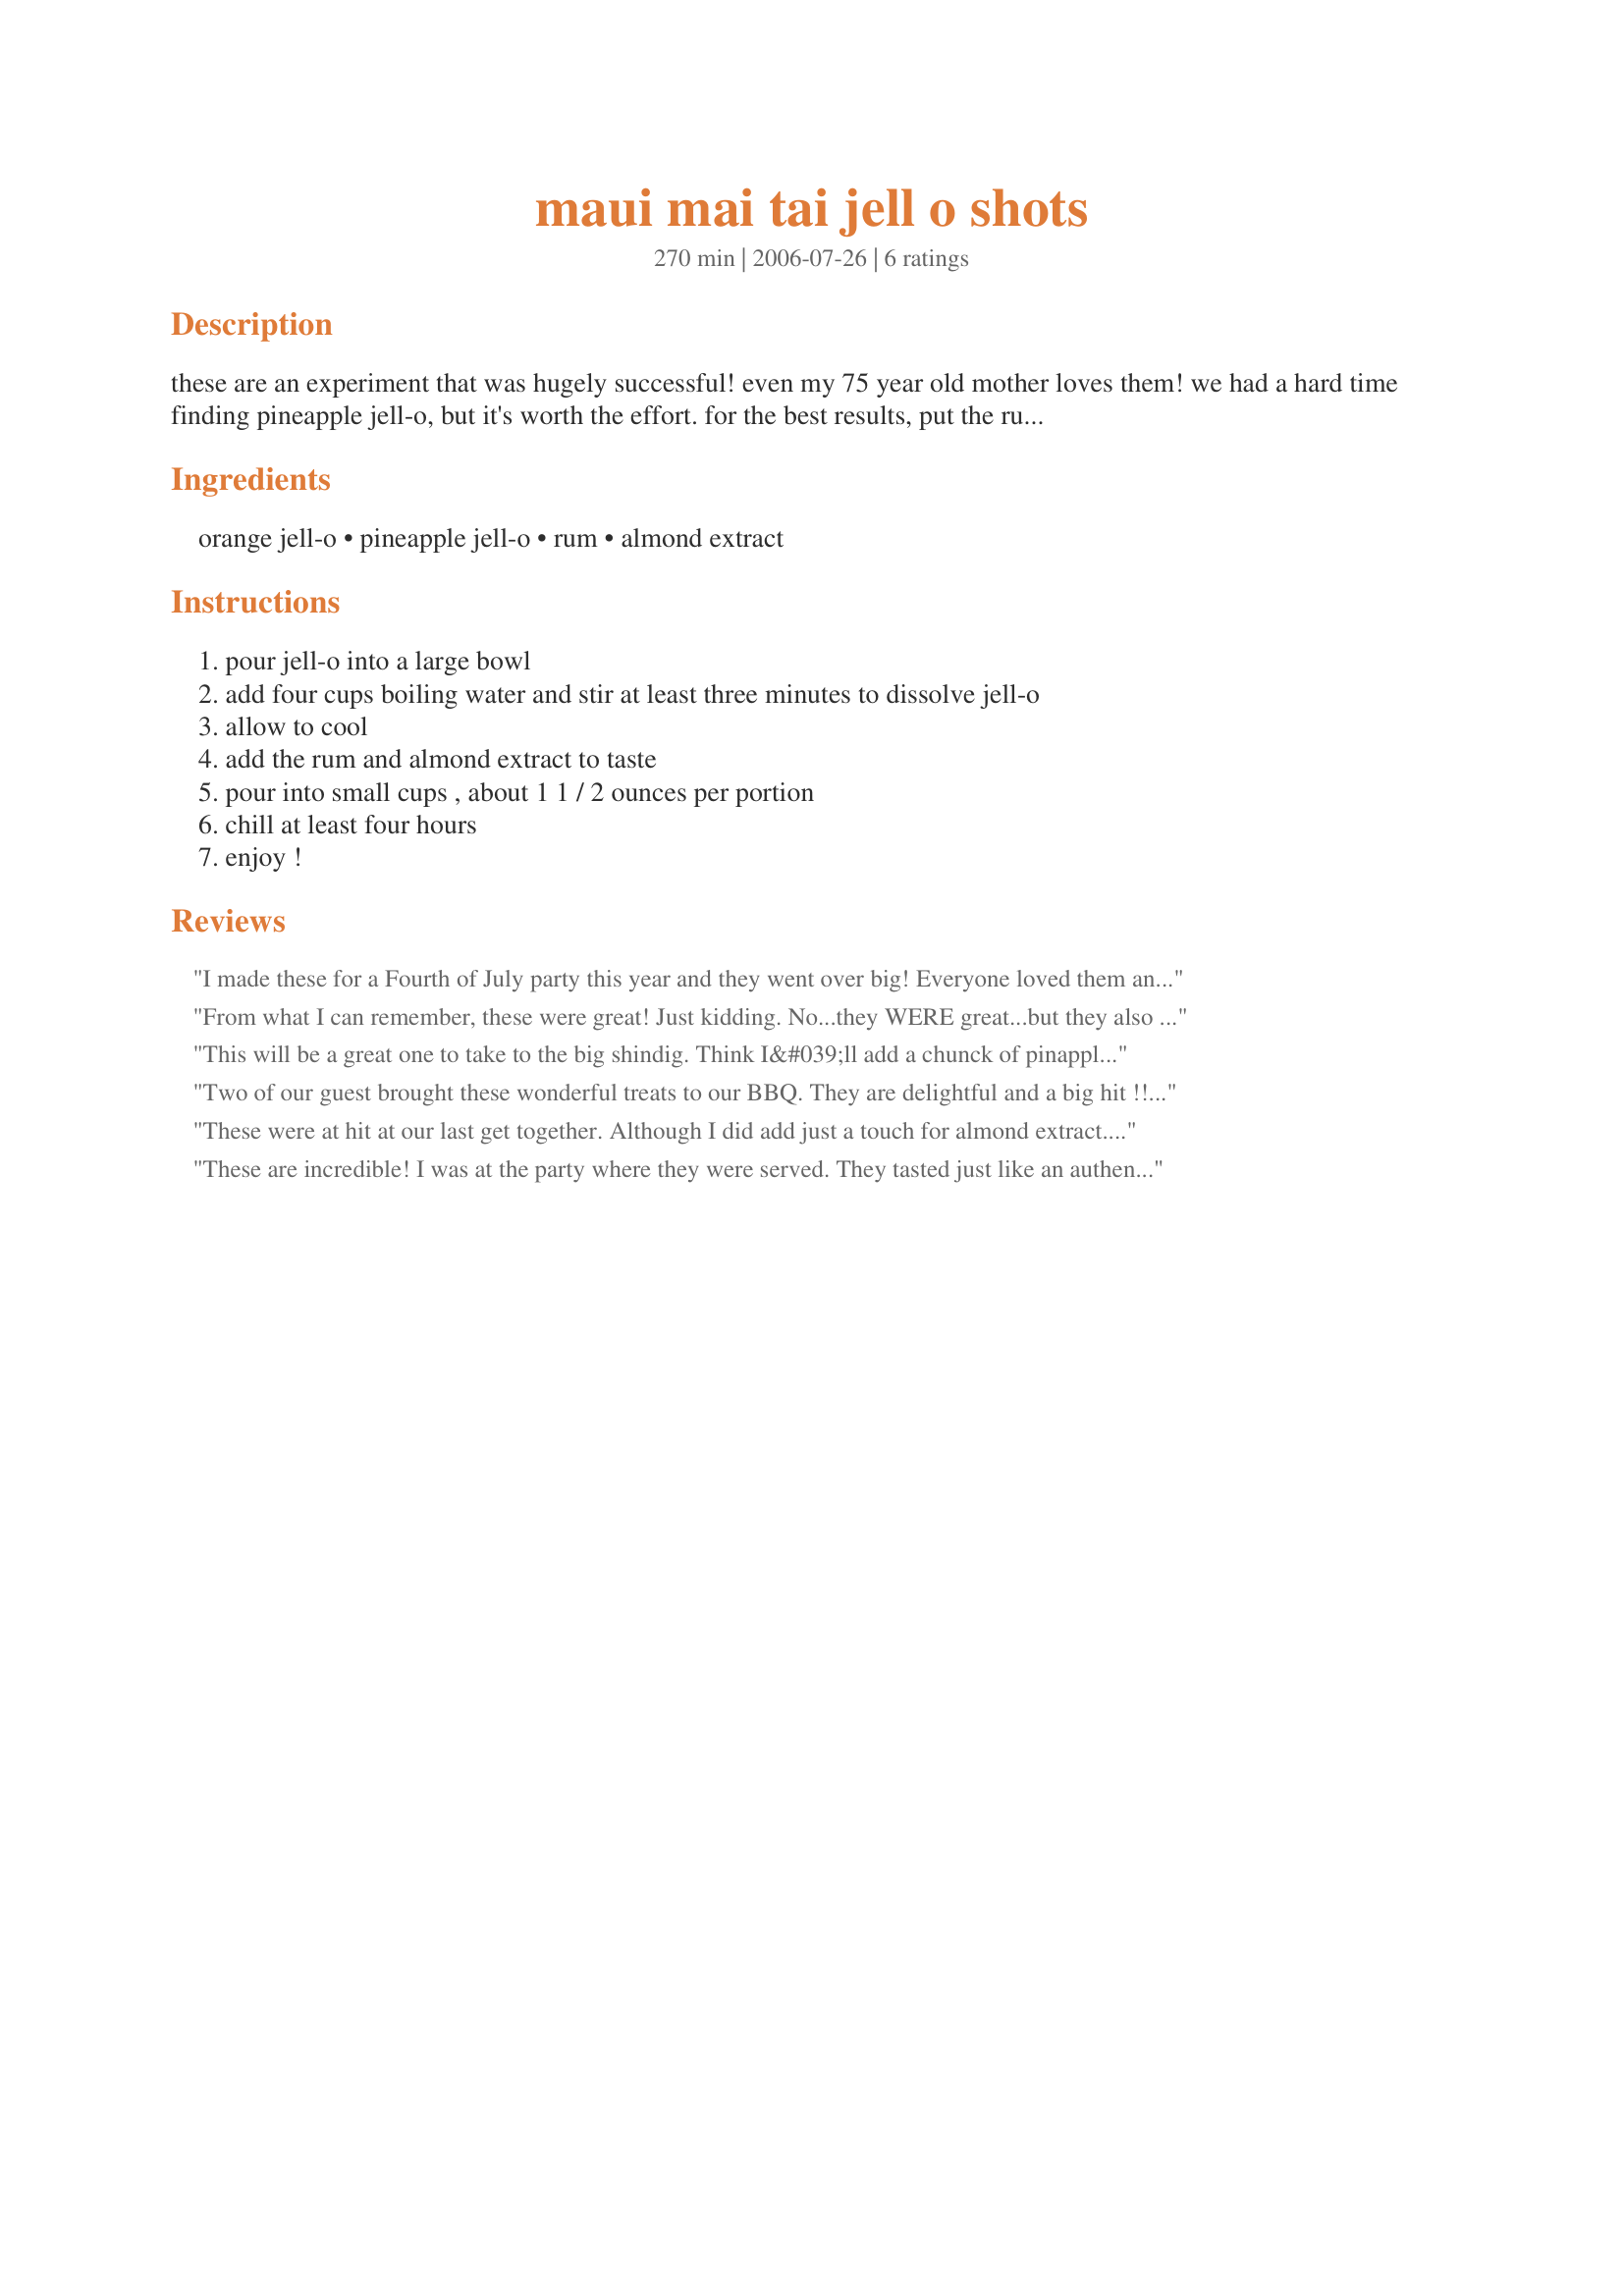
maui mai tai jell o shots
Preparation time: 270 minutes

these are an experiment that was hugely successful! even my 75 year old mother loves them! we had a hard time finding pineapple jell-o, but it's worth the effort. for the best results, put the rum in the 'fridge for an hour or two before making these. these are not for children!

Ingredients:
orange jell-o, pineapple jell-o, rum, almond extract

Steps:
pour jell-o into a large bowl, add four cups boiling water and stir at least three minutes to dissolve jell-o, allow to cool, add the rum and almond extract to taste, pour into small cups , about 1 1 / 2 ounces per portion, chill at least four hours, enjoy !

Reviews:
I made these for a Fourth of July party this year and they went over big! Everyone loved them and they were very delicious!
From what I can remember, these were great! Just kidding. No...they WERE great...but they also caused several of us to become tipsy really fast. Everyone loved them! A fun summer treat.
This will be a great one to take to the big shindig. Think I&#039;ll add a chunck of pinapple or a slice of orange.
Two of our guest brought these wonderful treats to our BBQ. They are delightful and a big hit !!!!!!!!!
These were at hit at our last get together. Although I did add just a touch for almond extract. Awesome!
These are incredible! I was at the party where they were served. They tasted just like an authentic Mai Tai. Make them and your guests will be impressed!
